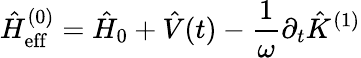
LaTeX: \hat{H}_{\mathrm{eff}}^{(0)}=\hat{H}_{0}+\hat{V}(t)-\frac{1}{\omega}\partial_{t}\hat{K}^{(1)}